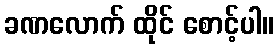
ခဏလောက် ထိုင် စောင့်ပါ။